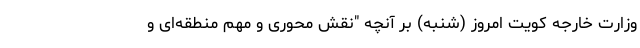
وزارت خارجه کویت امروز (شنبه) بر آنچه "نقش محوری و مهم منطقه‌ای و